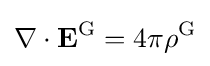
\nabla \cdot \mathbf {E} ^{\text{G}}=4\pi \rho ^{\text{G}}